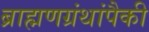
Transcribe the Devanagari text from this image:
ब्राह्मणग्रंथांपैकी